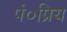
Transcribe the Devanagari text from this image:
पं०प्रिय